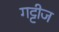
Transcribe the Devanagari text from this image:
गट्टीज